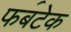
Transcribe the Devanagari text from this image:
फ॔बटेक